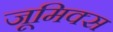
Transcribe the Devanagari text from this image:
जूमिक्स